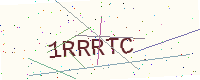
Text: 1RRRTC